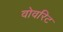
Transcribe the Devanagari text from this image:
वोवरिट